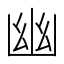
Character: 幽